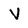
Character: V